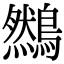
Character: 䳿